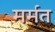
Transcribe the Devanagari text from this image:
मर्मत